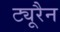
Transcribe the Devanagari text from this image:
ट्यूरैन